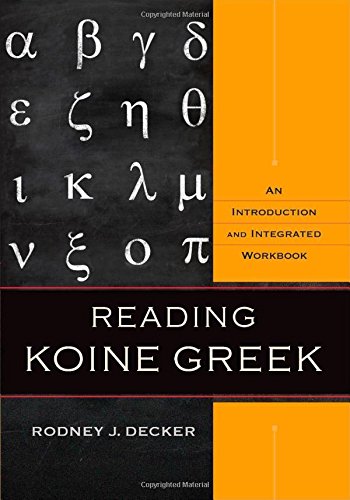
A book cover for Reading Koine Greek: An Introduction and Integrated Workbook; Rodney J. Decker; Christian Books & Bibles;